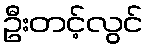
ဦးတင့်လွင်